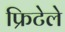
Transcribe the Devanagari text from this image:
फ्रिटेले